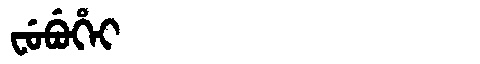
Manchu: ᠸᡠᠪᡠᡥᡝᡳ
Romanization: FUBUHEI